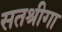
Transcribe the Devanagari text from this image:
सतश्रीगा